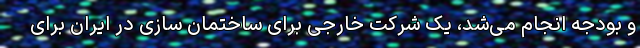
و بودجه انجام می‌شد، یک شرکت خارجی برای ساختمان سازی در ایران برای